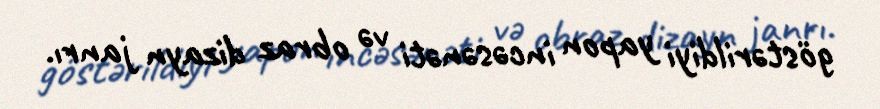
göstərildiyi yapon incəsənəti və obraz dizayn janrı.